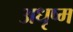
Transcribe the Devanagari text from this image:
अधृष्म